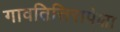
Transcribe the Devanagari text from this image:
गावतित्तिरापेक्षा